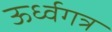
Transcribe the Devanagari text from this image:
ऊर्ध्वगत्र